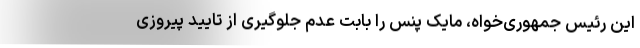
این رئیس جمهوری‌خواه، مایک پنس را بابت عدم جلوگیری از تایید پیروزی